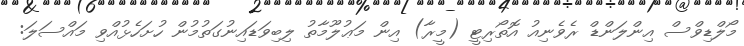
މޯލްޑިވްސް އިންލަންޑް ރެވެނިއު އޮތޯރިޓީ (މީރާ) އިން މަޢުލޫމާތު ލިބިވަޑައިނުގަތުމުން ހުށަހެޅުއްވި މައްސަލަ: